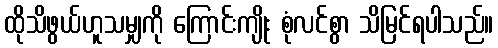
ထိုသိဖွယ်ဟူသမျှကို ကြောင်းကျိုး စုံလင်စွာ သိမြင်ရပါသည်။